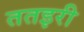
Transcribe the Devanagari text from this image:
ततइरी